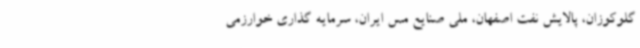
گلوکوزان، پالایش نفت اصفهان، ملی صنایع مس ایران، سرمایه گذاری خوارزمی